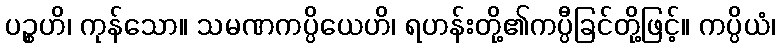
ပဉ္စဟိ၊ ကုန်သော။ သမဏကပ္ပိယေဟိ၊ ရဟန်းတို့၏ကပ္ပီခြင်တို့ဖြင့်။ ကပ္ပိယံ၊